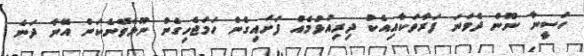
ހަސީނާ ނޫން ދެވަނަ ފަރާތަކާއިއެކު ދިރިއުޅުމެއް ފަށައިގެން ހަމަޖެހިގެން ނޫޅެވޭނެކަން އޭނާ ދަނެ